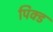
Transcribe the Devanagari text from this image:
पिक्ड